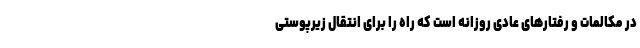
در مکالمات و رفتارهای عادی روزانه است که راه را برای انتقال زیرپوستی